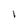
Character: l